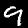
Digit: 9